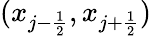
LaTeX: (x_{j-\frac{1}{2}},x_{j+\frac{1}{2}})